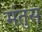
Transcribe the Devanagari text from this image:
मंतुस